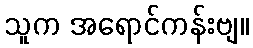
သူက အရောင်ကန်းဗျ။